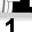
Digit: 1